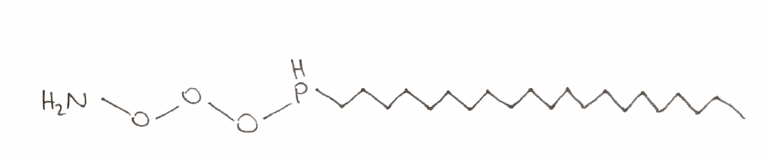
Simplified molecular-input line-entry system (SMILES) notation of the given molecule:
CCCCCCCCCCCCCCCCCCCCCPOOON